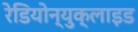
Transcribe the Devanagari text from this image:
रेडियोन्युक्लाइड